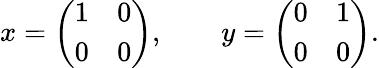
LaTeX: x=\left({\begin{array}{cc}{1}&{0}\\ {0}&{0}\end{array}}\right),\qquad y=\left({\begin{array}{cc}{0}&{1}\\ {0}&{0}\end{array}}\right).